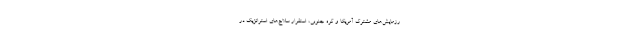
رزمایش‌های مشترک آمریکا و کره جنوبی، استقرار سلاح‌های استراتژیک در